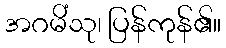
အဂမိံသု၊ ပြန်ကုန်၏။